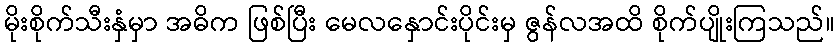
မိုးစိုက်သီးနှံမှာ အဓိက ဖြစ်ပြီး မေလနှောင်းပိုင်းမှ ဇွန်လအထိ စိုက်ပျိုးကြသည်။